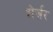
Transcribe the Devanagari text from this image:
शेर्ज़र